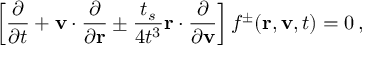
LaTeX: \left[ \frac { \partial } { \partial t } + { \bf v } \cdot \frac { \partial } { \partial { \bf r } } \pm \frac { t _ { s } } { 4 t ^ { 3 } } { \bf r } \cdot \frac { \partial } { \partial { \bf v } } \right] f ^ { \pm } ( { \bf r } , { \bf v } , t ) = 0 \, ,